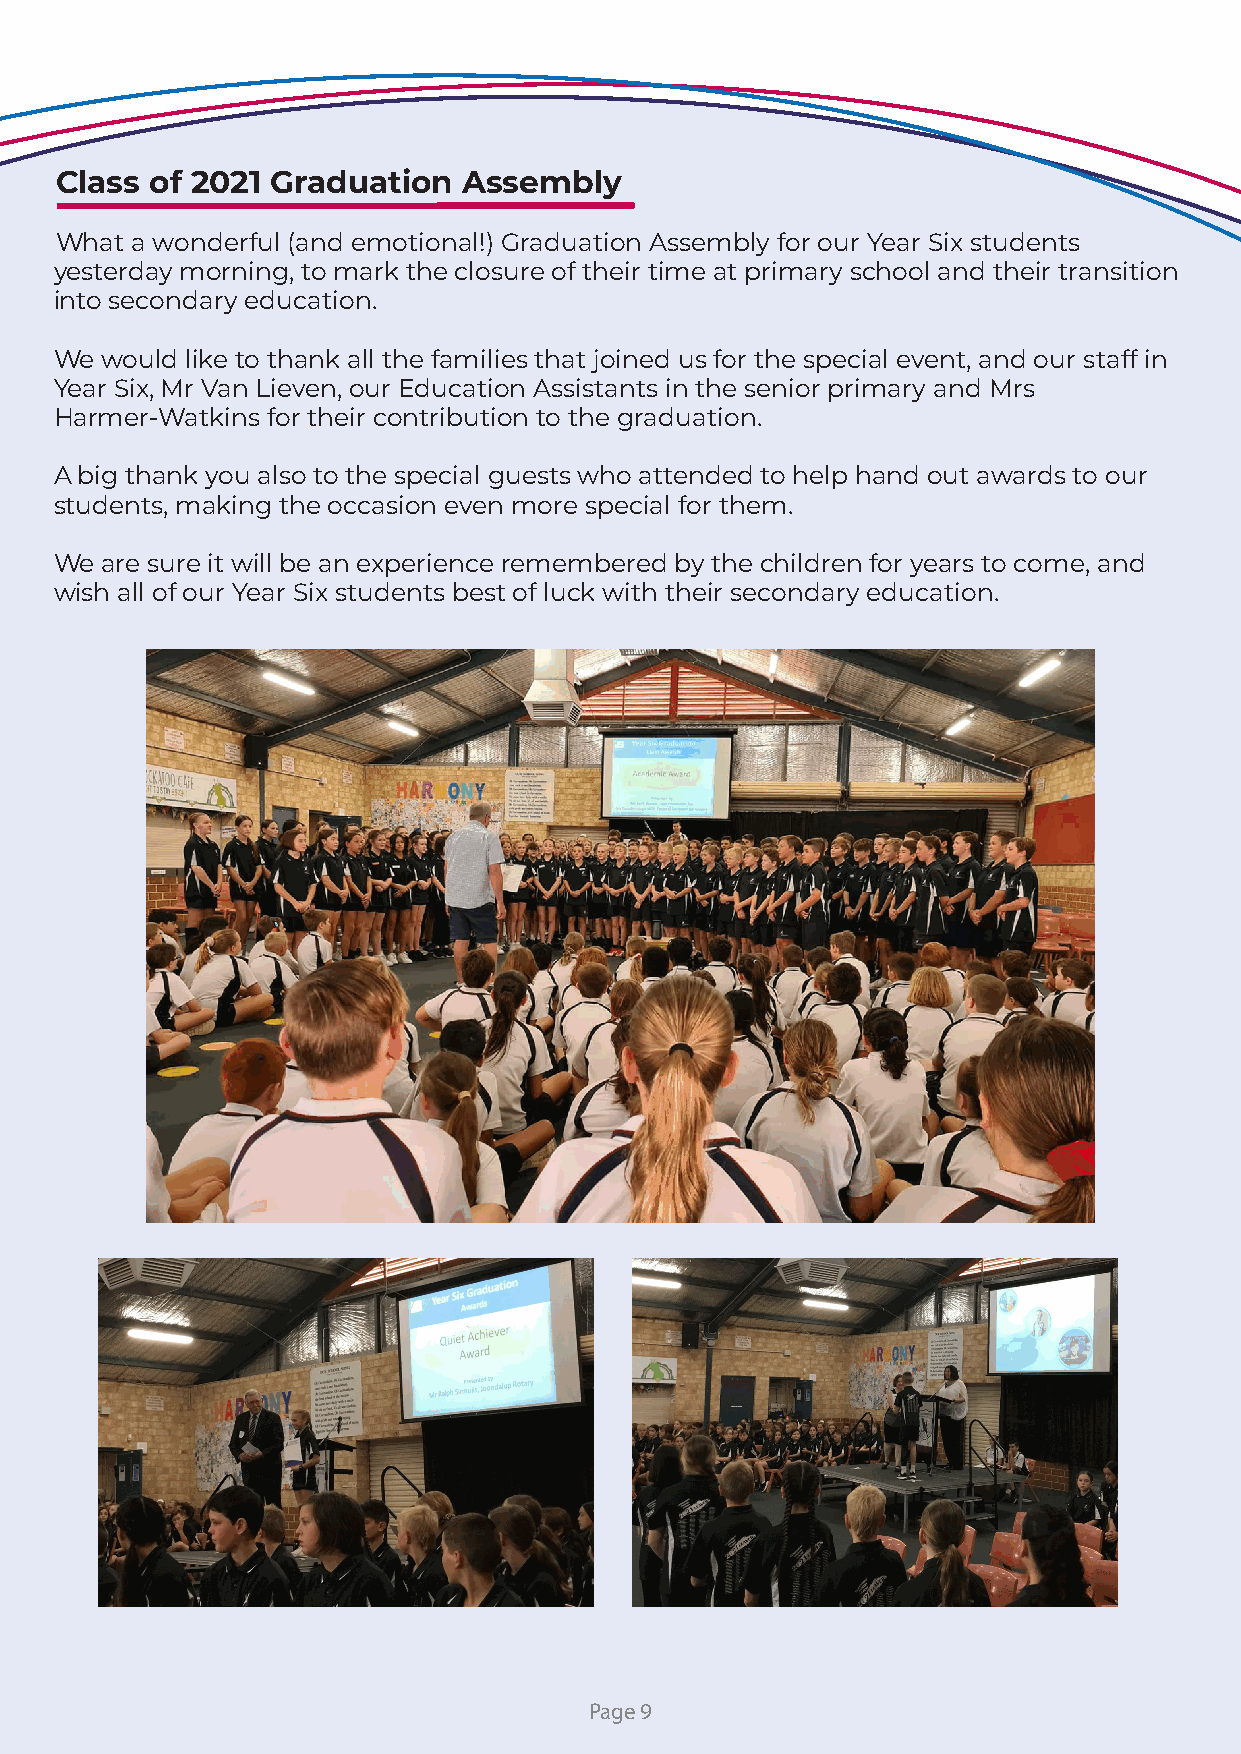
Class of 2021 Graduation   Assembly
 What a wonderful (and emotional!) Graduation Assembly for our Year Six students
 yesterday morning, to mark the closure of their time at primary school and their transition
 into secondary education.
 We would like to thank all the families that joined us for the special event, and our staff in
 Year Six, Mr Van Lieven, our Education Assistants in the senior primary and Mrs
 Harmer-Watkins for their contribution to the graduation.
 A big thank you also to the special guests who attended to help hand out awards to our
 students, making the occasion even more special for them.
 We are sure it will be an experience remembered by the children for years to come, and
 wish all of our Year Six students best of luck with their secondary education.
 Page 9